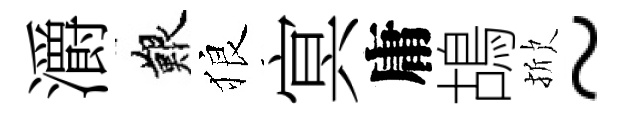
灂艱狼㝠庸鴣掀~